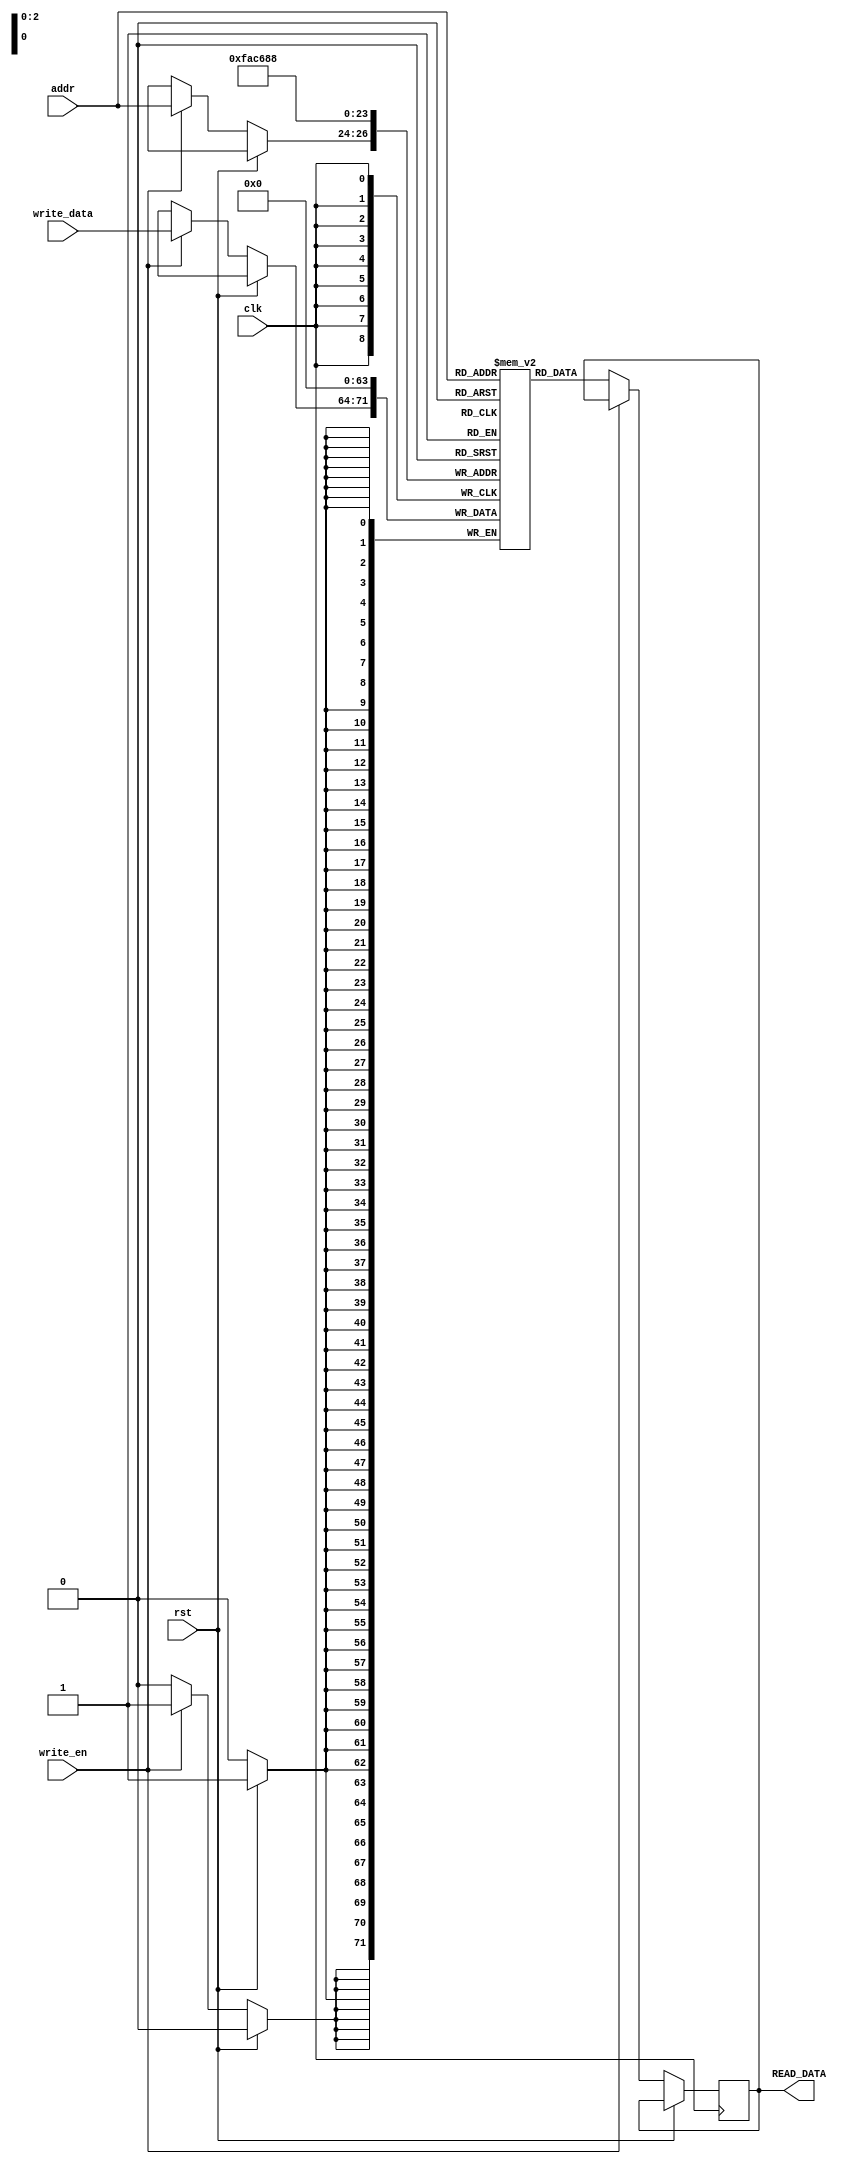
`timescale 1ns / 1ps
//////////////////////////////////////////////////////////////////////////////////
// Company: 
// Engineer: 
// 
// Design Name: 
// Module Name: RAM
// Project Name: 
// Target Devices: 
// Tool Versions: 
// Description: 
// 
// Dependencies: 
// 
// Revision:
// Revision 0.01 - File Created
// Additional Comments:
// 
//////////////////////////////////////////////////////////////////////////////////


module RAM(clk, rst, write_en, addr, write_data, READ_DATA);
    parameter DATA_W = 8;
    parameter SIZE = 8;
    parameter ADDR_W = 3;
    
    input clk, rst, write_en;
    input [ADDR_W-1:0] addr;
    input [DATA_W-1:0] write_data;
    output reg [DATA_W-1:0] READ_DATA;
    
    reg[DATA_W-1:0] mem[0:SIZE-1];
    
    integer i;
    
    always @ (posedge clk) begin
        if(rst) begin
            for(i=0; i<SIZE; i=i+1) begin
                mem[i] <=0;
            end
        end
        else begin
            if(write_en)
                mem[addr] <= write_data;
            else
                READ_DATA <= mem[addr];
            end
        end
endmodule